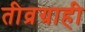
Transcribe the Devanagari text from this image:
तीव्रग्राही